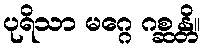
ပုရိသာ မဂ္ဂေ ဂစ္ဆန္တိ။